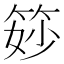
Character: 𥭝